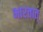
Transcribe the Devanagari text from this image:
भारतात्